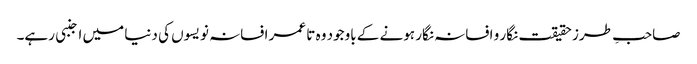
صاحبِ طرز حقیقت نگار و افسانہ نگار ہونے کے باوجود وہ تا عمر افسانہ نویسوں کی دنیا میں اجنبی رہے۔